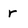
Character: r